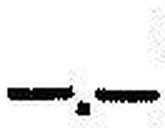
—.—